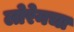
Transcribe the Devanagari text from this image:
लोरेनचा